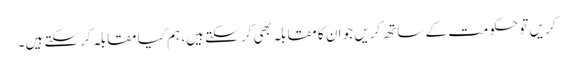
کریں تو حکومت کے ساتھ کریں جو ان کا مقابلہ بھی کر سکتے ہیں، ہم کیا مقابلہ کر سکتے ہیں۔